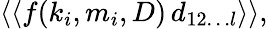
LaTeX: \langle\langle f(k_{i},m_{i},D)\, d_{12\ldots l}\rangle\rangle,